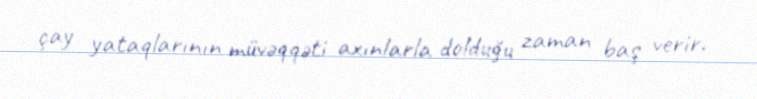
çay yataqlarının müvəqqəti axınlarla dolduğu zaman baş verir.